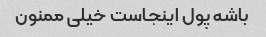
باشه پول اینجاست خیلی ممنون